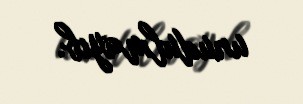
unudulmayıb.